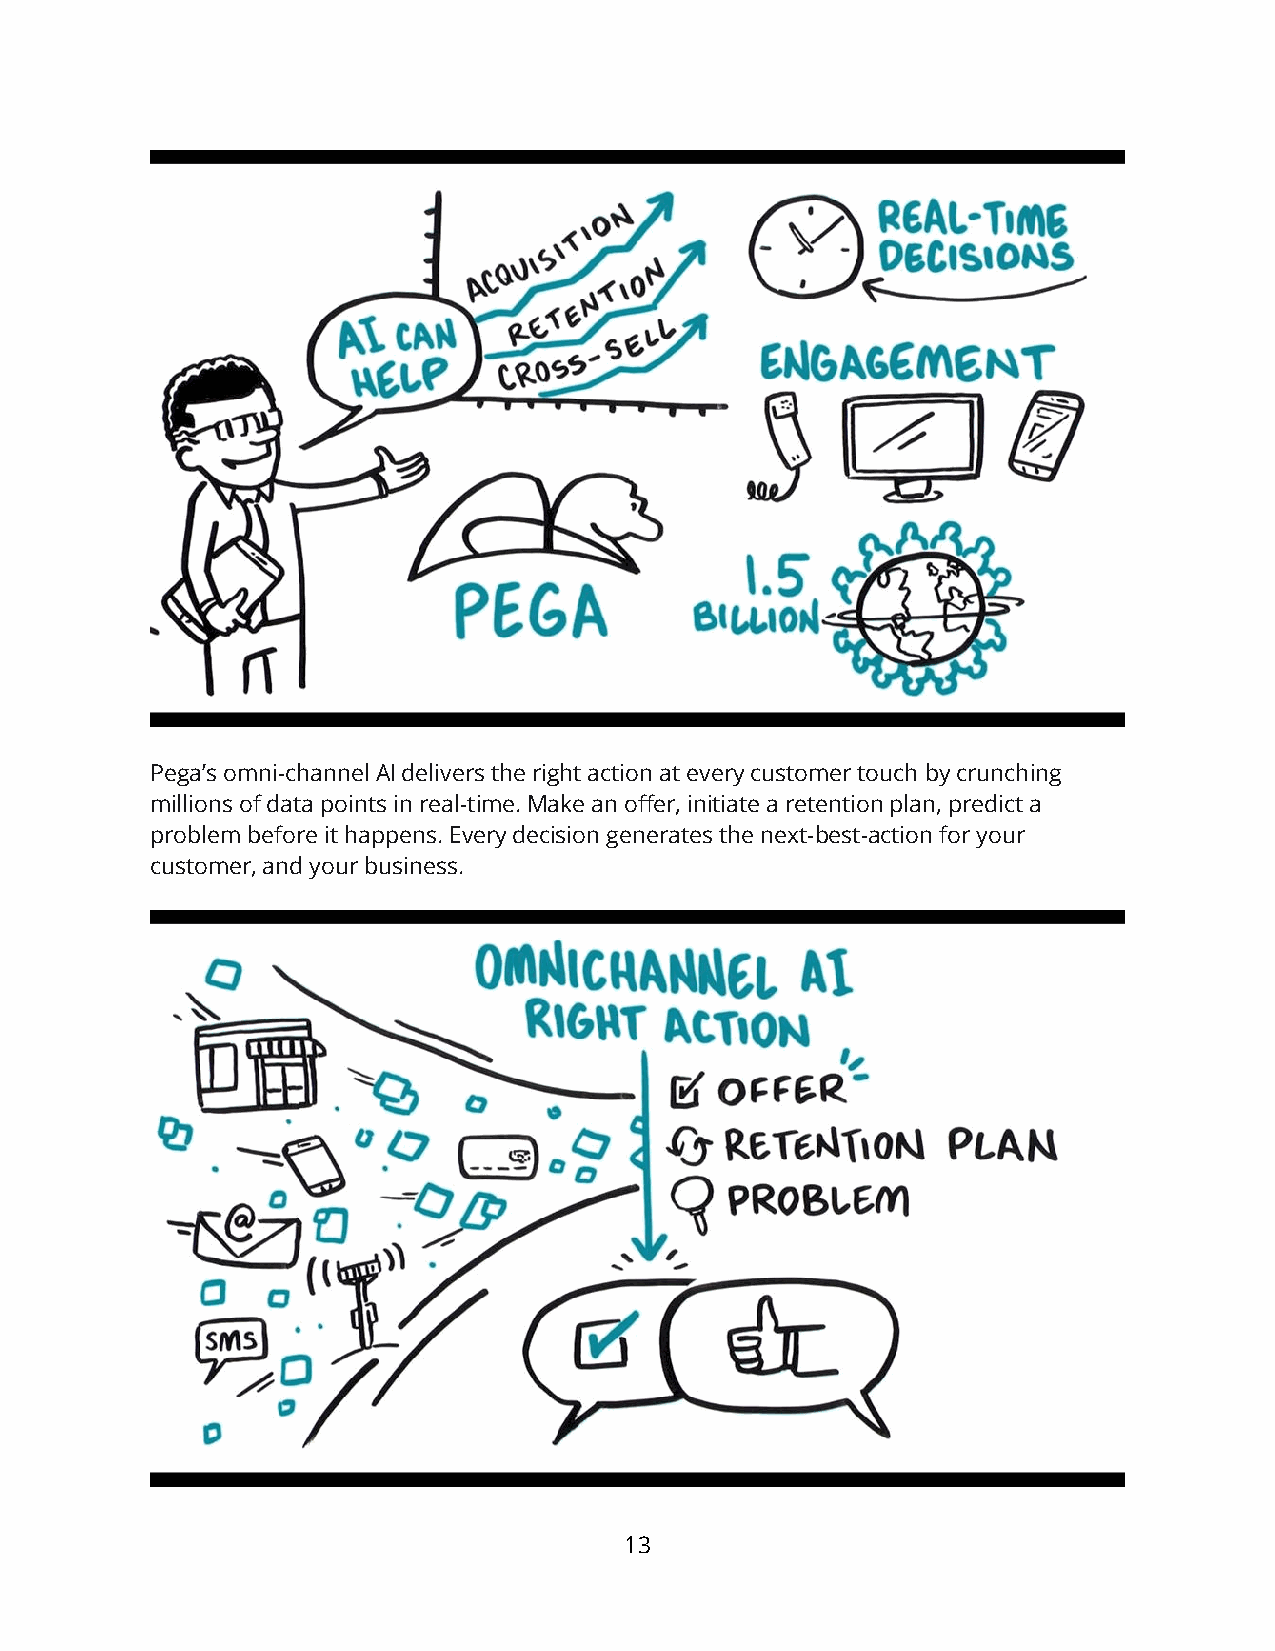
Pega’s omni-channel AI delivers the right action at every customer touch by crunching
 millions of data points in real-time. Make an offer, initiate a retention plan, predict a
 problem before it happens. Every decision generates the next-best-action for your
 customer, and your business.
 13